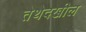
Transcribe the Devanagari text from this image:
तेथेदखील